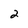
Character: 2